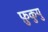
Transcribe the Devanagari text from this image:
फ़ुकुयु